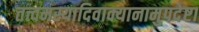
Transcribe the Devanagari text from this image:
तत्त्वमस्यादिवाक्यानामुपदेष्टा